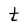
Character: t